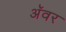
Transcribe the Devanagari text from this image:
अॅवर